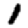
Digit: 1